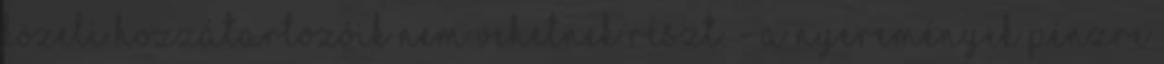
közeli hozzátartozóik nem vehetnek részt. - A nyeremények pénzre